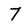
Character: 7